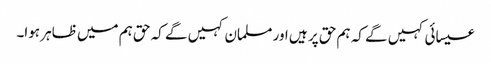
عیسائی کہیں گے کہ ہم حق پر ہیں اور مسلمان کہیں گے کہ حق ہم میں ظاہر ہوا۔